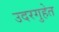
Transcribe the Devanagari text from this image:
उदरगुहेत